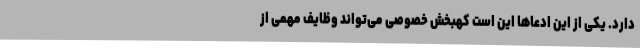
دارد. یکی از این ادعاها این است کهبخش خصوصی می‌تواند وظایف مهمی از